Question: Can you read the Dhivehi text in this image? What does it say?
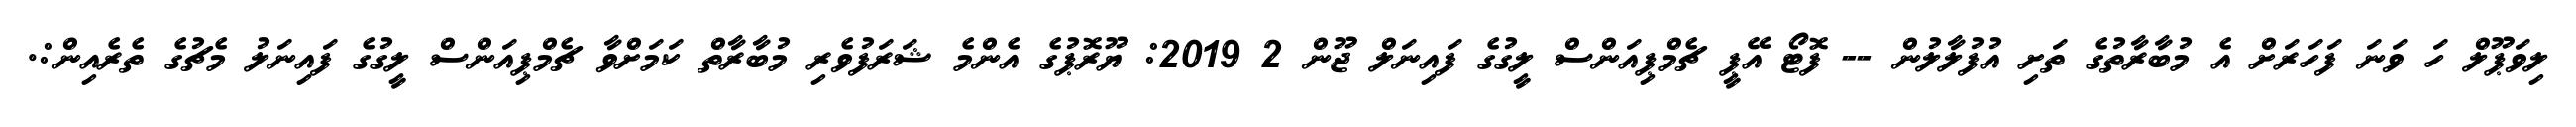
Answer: ލިވަޕޫލް ހަ ވަނަ ފަހަރަށް އެ މުބާރާތުގެ ތަށި އުފުލާލުން -- ފޮޓޯ އޭޕީ ޗެމްޕިއަންސް ލީގުގެ ފައިނަލް ޖޫން 2 2019: ޔޫރޮޕުގެ އެންމެ ޝަރަފުވެރި މުބާރާތް ކަމަށްވާ ޗެމްޕިއަންސް ލީގުގެ ފައިނަލު މެޗުގެ ތެރެއިން:.